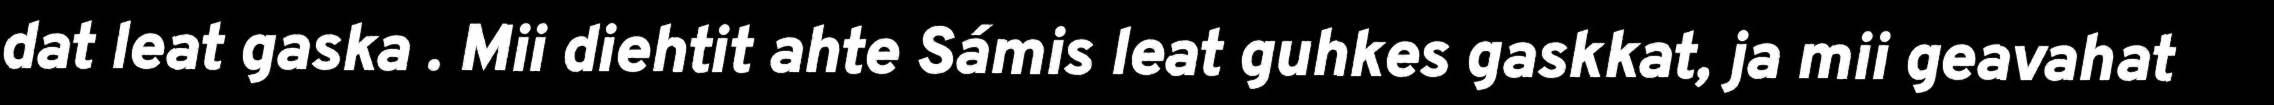
dat leat gaska . Mii diehtit ahte Sámis leat guhkes gaskkat, ja mii geavahat